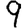
Digit: 9